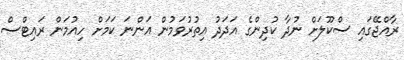
ރާއްޖޭގައި ސްކޫލަށް ނުދާ ކުދިންގެ އަދަދު އިތުރުވަމުން އަންނަ ކަމަށް ހިއުމަން ރައިޓްސް